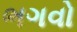
ભગવો